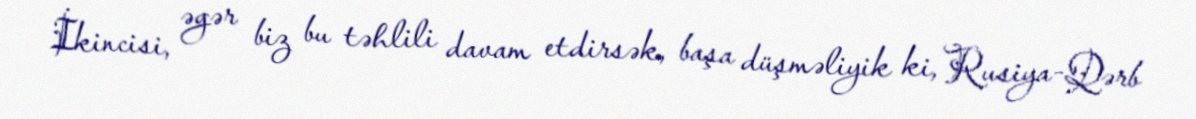
İkincisi, əgər biz bu təhlili davam etdirsək, başa düşməliyik ki, Rusiya-Qərb